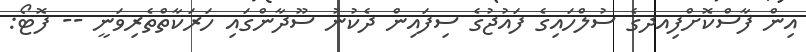
އިން ފާސްކޮށްފިއދގެ ސުލްހައިގެ ފައުޖުގެ ސިފައިން ދެކުނު ސޫދާންގައި ހަރަކާތްތެރިވަނީ -- ފޮޓޯ: